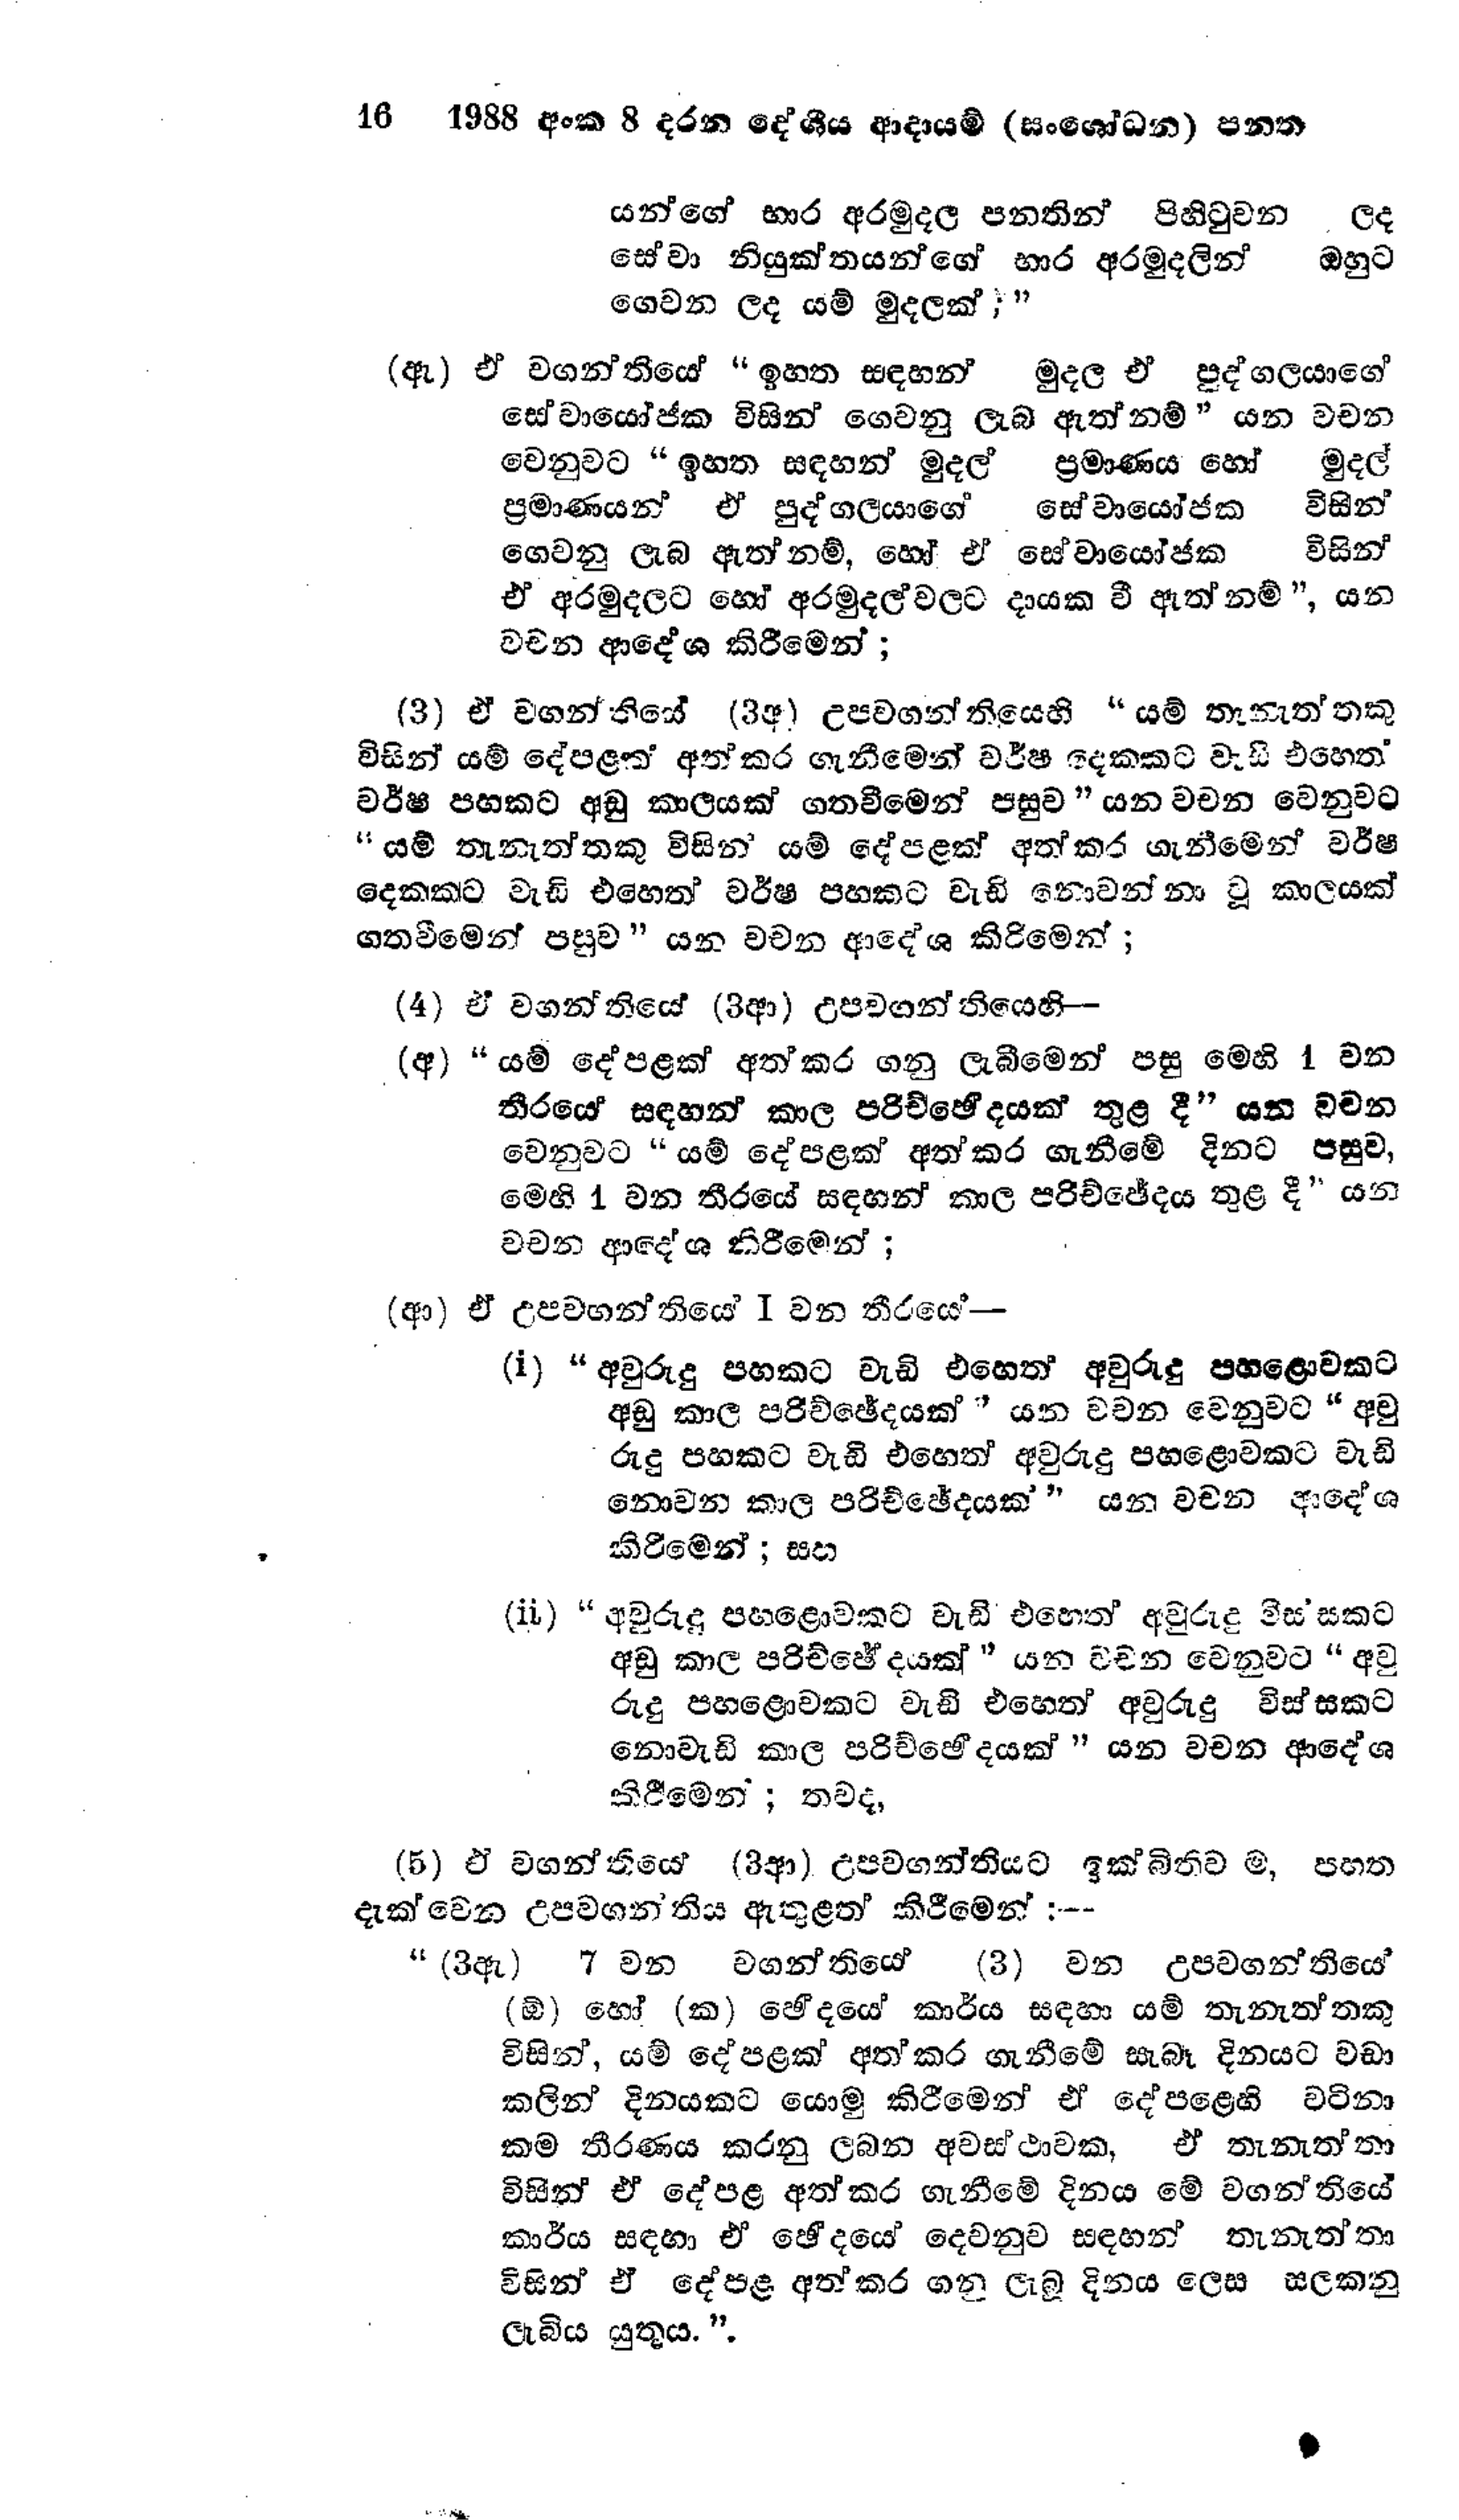
16 1988 අංක 8 දරන දේශීය ආදායම් (සංශෝධන) පනත

යන්ගේ භාර අරමුදල පනතින් පිහිටුවන ලද
සේවා නියුක්තයන්ගේ භාර අරමුදලින් ඔහුට
ගෙවන ලද යම් මුදලක්;"

(ඇ) ඒ වගන්තියේ  "ඉහත සඳහන් මුදල ඒ පුද්ගලයාගේ
සේවායෝජක විසින් ගෙවනු ලැබ ඇත් නම් යන වචන
වෙනුවට "ඉහත සඳහන් මුදල් ප්‍රමාණය හෝ මුදල්
ප්‍රමාණයන් ඒ පුද්ගලයාගේ සේවායෝජක විසින්
ගෙවනු ලැබ ඇත්නම්, හෝ ඒ සේවායෝජක විසින්
ඒ අරමුදලට හෝ අරමුදල් වලට දායක වී ඇත්නම් ", යන
වචන ආදේශ කිරීමෙන්;

(3) ඒ වගන්තියේ (3අ) උපවගන්තියෙහි "යම් තැනැත්තකු
විසින් යම් දේපළක අත්කර ගැනීමෙන් වර්ෂ දෙකකට වැඩි එහෙත්
වර්ෂ පහකට අඩු කාලයක් ගතවීමෙන් පසුව" යන වචන වෙනුවට
"යම් තැනැත්තකු විසින් යම් දේපළක් අත් කර ගැනීමෙන් වර්ෂ
දෙකකට වැඩි එහෙත් වර්ෂ පහකට වැඩි නොවන්නා වූ කාලයක්
ගතවීමෙන් පසුව" යන වචන ආදේශ කිරිමෙන්;

(4) ඒ වගන්තියේ (3ආ) උපවගන්තියෙහි -

(අ) "යම් දේපළක් අත් කර ගනු ලැබීමෙන් පසු මෙහි 1 වන
තීර‍යේ සඳහන් කාල පරිච්ඡෙදයක් තුළ දී " යන වචන
වෙනුවට " යම් දේපළක් අත් කර ගැනීමේ දිනට පසුව,
මෙහි 1 වන තීරයේ සඳහන් කාලපරිච්ජේදය තුළ දී " යන
වචන ආදේශ කිරීමෙන්;

(ආ) ඒ උපවගන්තියේ I වන තීරයේ -

(i)"අවුරුදු පහකට වැඩි එහෙත් අවුරුදු පහළොවකට
අඩු කාල පරිච්ඡේදයක් " යන වචන වෙනුවට " අවු
රුදු පහකට වැඩි එහෙත් අවුරුදු පහළොවකට වැඩි
නොවන කාල පරිච්ඡේදයක් " යන වචන ආදේශ
කිරීමෙන්; සහ

(ii) "අවුරුදු පහළොවකට වැඩි එහෙත් අවුරුදු විස්සකට
අඩු කාල පරිච්ඡේදයක් " යන වචන වෙනුවට " අවු
රුදු පහළොවකට වැඩි එහෙත් අවුරුදු විස්සකට
නොවැඩි කාල පරිච්ඡෙදයක් " යන වචන ආදේශ
කිරීමෙන්; තවද,

(5) ඒ වගන්තියේ (3ආ) උපවගන්තියට ඉක්බිතිව ම, පහත
දැක්වෙන උපවගන්තිය ඇතුළත් කිරීමෙන් :--

"(3ඇ) 7 වන වගන්තියෙ (3) වන උපවගන්ති‍යේ
(ඕ) හෝ (ක) ඡේදයේ කාර්ය සඳහා යම් තැනැත්තකු
විසින්, යම් දේපළක් අත් කර ගැනීමේ සැබෑ දිනයට වඩා
කලින් දිනයකට යොමු කිරීමෙන් ඒ දේපළෙහි වටිනා
කම තීරණය කරනු ලබන අවස්ථාවක, ඒ තැනැත්තා
විසින් ඒ දේපළ අත්කර ගැනීමේ දිනය මේ වගන්තියේ
කාර්ය සඳහා ඒ ඡේදයේ දෙවනුව සඳහන් තැනැත්තා
විසින් ඒ දේපළ අත්කර ගනු ලැබූ දිනය ලෙස සලකනු
ලැබිය යුතුය.".